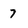
Character: 7